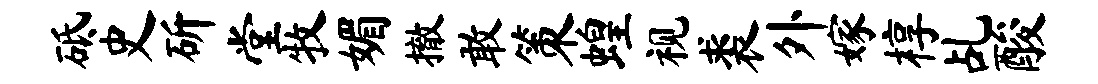
砥史斫堂牧媚撤敢策蝗视裘外嫁椁乩酸